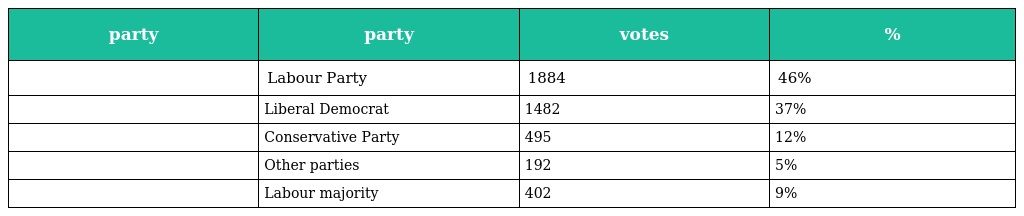
| party | party | votes | % |
 | --- | --- | --- | --- |
 |  | Labour Party | 1884 | 46% |
 |  | Liberal Democrat | 1482 | 37% |
 |  | Conservative Party | 495 | 12% |
 |  | Other parties | 192 | 5% |
 |  | Labour majority | 402 | 9% |